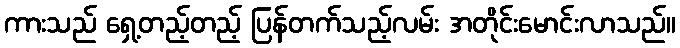
ကားသည် ရှေ့တည့်တည့် ပြန်တက်သည့်လမ်း အတိုင်းမောင်းလာသည်။